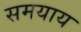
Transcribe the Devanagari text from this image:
समयाय